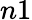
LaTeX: n1